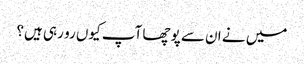
میں نے ان سے پوچھا آپ کیوں رو رہی ہیں؟